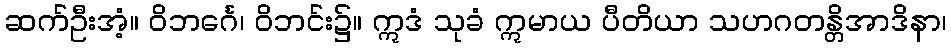
ဆက်ဦးအံ့။ ဝိဘင်္ဂေ၊ ဝိဘင်း၌။ ဣဒံ သုခံ ဣမာယ ပီတိယာ သဟဂတန္တိအာဒိနာ၊